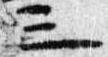
三